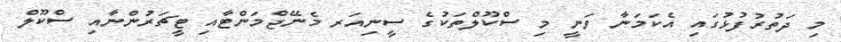
މި ދަތުރުފުޅުގައި އެކަމަނާ ވަނީ މި ސްކޫލްތަކުގެ ސީނިއަރ މެނޭޖްމަންޓާއި ޓީޗަރުންނާއި ސްކޫލް